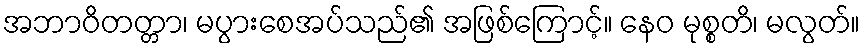
အဘာဝိတတ္တာ၊ မပွားစေအပ်သည်၏ အဖြစ်ကြောင့်။ နေဝ မုစ္စတိ၊ မလွတ်။